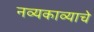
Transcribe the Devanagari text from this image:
नव्यकाव्याचे